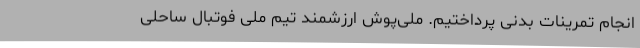
انجام تمرینات بدنی پرداختیم. ملی‌پوش ارزشمند تیم ملی فوتبال ساحلی